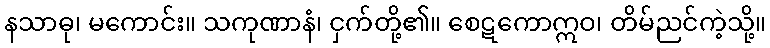
နသာဓု၊ မကောင်း။ သကုဏာနံ၊ ငှက်တို့၏။ စေဋကောဣဝ၊ တိမ်ညင်ကဲ့သို့။